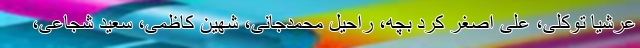
عرشیا توکلی، علی اصغر کرد بچه، راحیل محمدجانی، شهین کاظمی، سعید شجاعی،